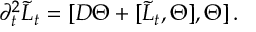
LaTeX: \partial _ { t } ^ { 2 } \tilde { L } _ { t } = [ D \Theta + [ \tilde { L } _ { t } , \Theta ] , \Theta ] \, .